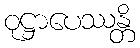
ဝုဋ္ဌာပေဿန္တိ